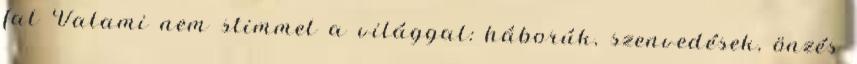
fal Valami nem stimmel a világgal: háborúk, szenvedések, önzés